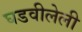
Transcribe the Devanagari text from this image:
घडवीलेली